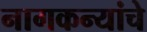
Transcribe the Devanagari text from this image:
नागकन्यांचे